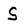
Character: S